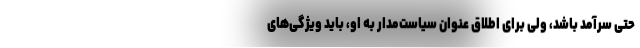
حتی سرآمد باشد، ولی برای اطلاق عنوان سیاست‌مدار به او، باید ویژگی‌های